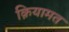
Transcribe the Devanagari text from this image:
क़ियामत